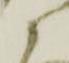
衛